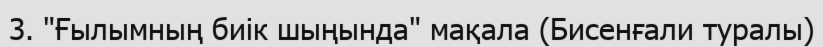
3. "Ғылымның биік шыңында" мақала (Бисенғали туралы)